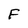
Character: F